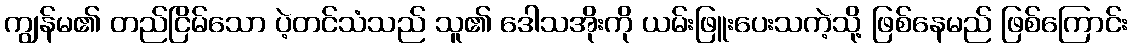
ကျွန်မ၏ တည်ငြိမ်သော ပဲ့တင်သံသည် သူ၏ ဒေါသအိုးကို ယမ်းဖြူးပေးသကဲ့သို့ ဖြစ်နေမည် ဖြစ်ကြောင်း